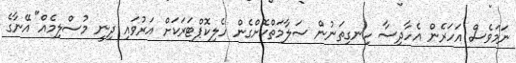
ނަމަވެސް އަހަރެން އެހާދިސާ ހިނގިތަނުން ސަލާމަތްކޮށްގެން ހެލިކޮޕްޓަރަކަށް އަރުވައި ދިނީ މުސްލިމެއް" އޭނާގެ